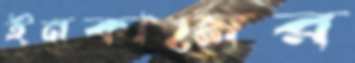
ইনকামের